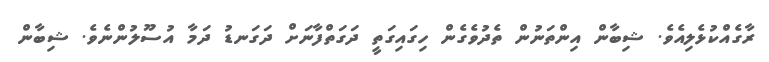
ރާގެއްކުޅެލިއެވެ. ޝިބާން އިންތަނުން ތެދުވެގެން ހިގައިގަތީ ދަގަތްފާނަށް ދަގަނޑު ދަމާ އުސޫލުންނެވެ. ޝިބާން